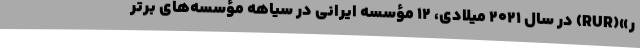
ر»(RUR) در سال ۲۰۲۱ میلادی، ۱۲ مؤسسه ایرانی در سیاهه مؤسسه‌های برتر